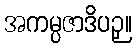
အကမ္ပဇာဒိပဉှ။